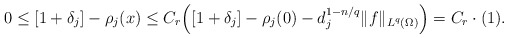
\begin{align*}0 \le [1+ \delta_j] - \rho_j(x) \le C_r \Bigl( [1+\delta_j] - \rho_j(0) -d_j^{1-n/q}\|f\|_{L^{q}(\Omega)} \Bigr) = C_r\cdot (1).\end{align*}